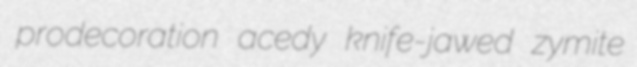
prodecoration acedy knife-jawed zymite